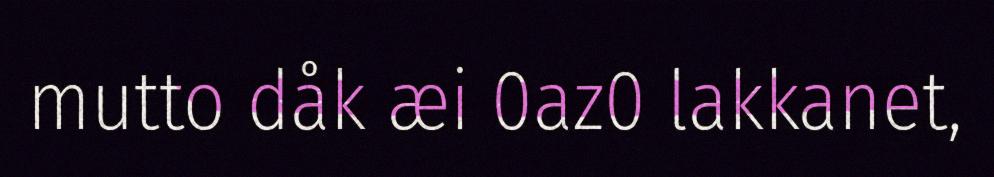
mutto dåk æi 0az0 lakkanet,